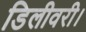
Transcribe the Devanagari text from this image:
डिलीवरी।